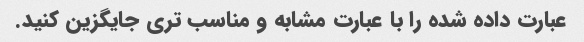
عبارت داده شده را با عبارت مشابه و مناسب تری جایگزین کنید.